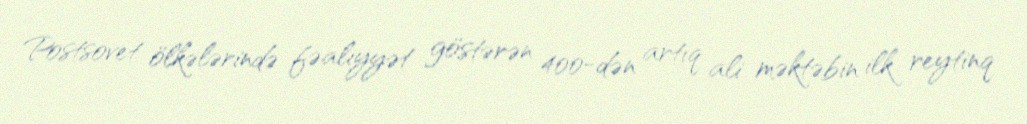
Postsovet ölkələrində fəaliyyət göstərən 400-dən artıq ali məktəbin ilk reytinq